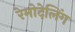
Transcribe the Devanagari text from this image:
रेमोदेलिंग